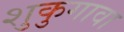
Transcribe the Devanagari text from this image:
शुकुगावा